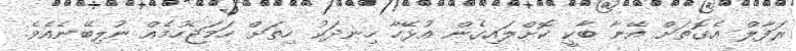
ރަފާލް އެގޮތަށް އޭނާ ބާކީ ކޮށްލައިގެން އުޅޭހާ ހިނދަކު ހިތަށް ހަމަޖެހުމެއް ނުލިބޭނެއެވެ.